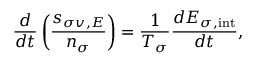
\frac { d } { d t } \left( \frac { s _ { \sigma v , { \cal E } } } { n _ { \sigma } } \right) = \frac { 1 } { { \cal T } _ { \sigma } } \frac { d { \cal E } _ { \sigma , \mathrm { i n t } } } { d t } ,